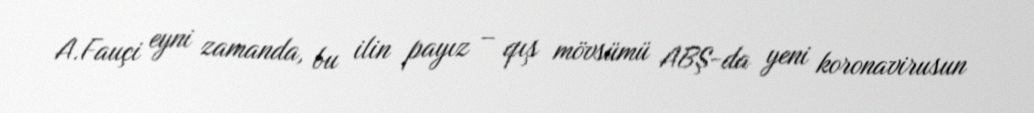
A.Fauçi eyni zamanda, bu ilin payız – qış mövsümü ABŞ-da yeni koronavirusun